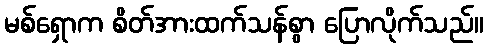
မစ်ရှောက စိတ်အားထက်သန်စွာ ပြောလိုက်သည်။